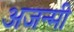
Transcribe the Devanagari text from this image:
अजन्मी